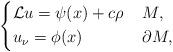
LaTeX: \begin{align*}\left\{\begin{aligned}&\mathcal{L} u = \psi(x) + c \rho &&\; M, \\ &u_\nu = \phi(x) && \; \partial M, \end{aligned}\right.\end{align*}